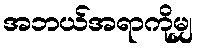
အဘယ်အရာကိုမျှ